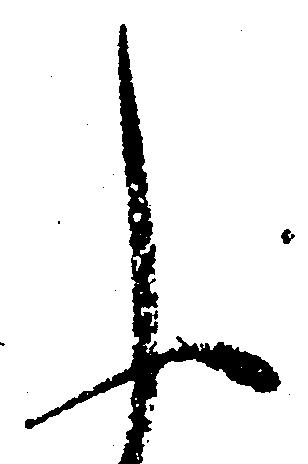
申